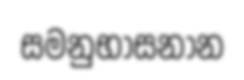
සමනුභාසනාන